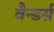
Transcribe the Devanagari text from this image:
वैन्डर्स